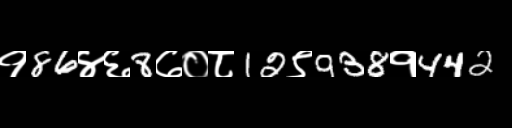
Text: १86४६8७०८12९938१442